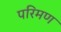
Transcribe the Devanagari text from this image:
परिमण